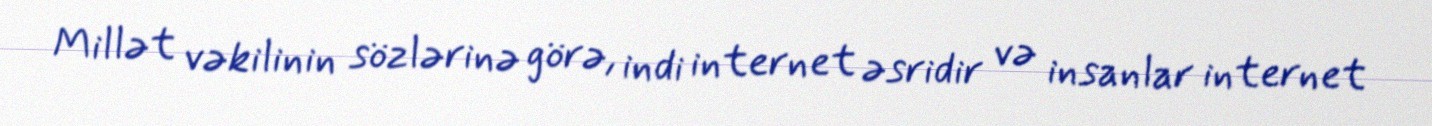
Millət vəkilinin sözlərinə görə, indi internet əsridir və insanlar internet